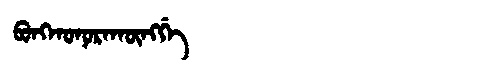
Manchu: ᠪᠣᠩᡴᠣᠨᠣᡵᠠᡴᡡᠩᡤᡝ
Romanization: BONGKONORAKŪNGGE